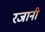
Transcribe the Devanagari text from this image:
रजानी